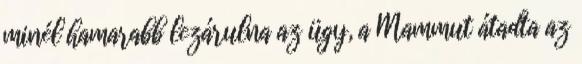
minél hamarabb lezárulna az ügy, a Mammut átadta az